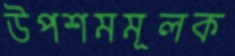
উপশমমূলক